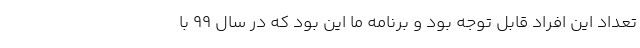
تعداد این افراد قابل توجه بود و برنامه ما این بود که در سال ۹۹ با